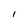
Character: I